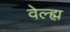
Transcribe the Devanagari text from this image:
वेल्ह्म